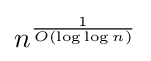
n^{\frac {1}{O(\log \log n)}}